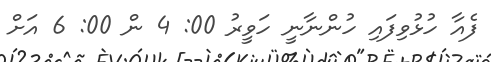
ފެއާ ހުޅުވިފައި ހުންނާނީ ހަވީރު 00: 4 ން 00: 6 އަށް